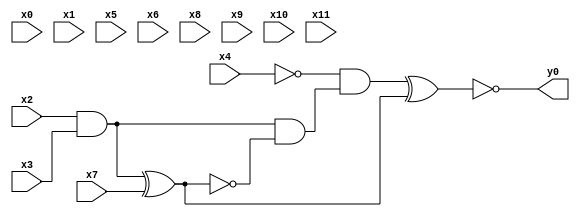
module top( x0 , x1 , x2 , x3 , x4 , x5 , x6 , x7 , x8 , x9 , x10 , x11 , y0 );
  input x0 , x1 , x2 , x3 , x4 , x5 , x6 , x7 , x8 , x9 , x10 , x11 ;
  output y0 ;
  wire n13 , n14 , n15 , n16 , n17 ;
  assign n13 = x2 & x3 ;
  assign n14 = n13 ^ x7 ;
  assign n15 = n13 & ~n14 ;
  assign n16 = ~x4 & n15 ;
  assign n17 = n16 ^ n14 ;
  assign y0 = ~n17 ;
endmodule